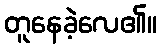
တူနေခဲ့လေ၏။